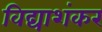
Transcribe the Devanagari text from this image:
विद्याशंकर